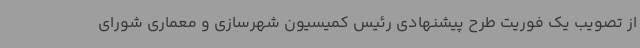
از تصویب یک‌ فوریت طرح پیشنهادی رئیس کمیسیون شهرسازی و معماری شورای